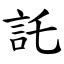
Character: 託